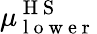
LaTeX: \mu_{\mathrm{~l~o~w~e~r~}}^{\mathrm{~H~S~}}